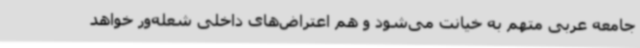
جامعه عربی متهم به خیانت می‌شود و هم اعتراض‌های داخلی شعله‌ور خواهد